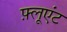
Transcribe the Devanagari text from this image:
फ़्लूएंट